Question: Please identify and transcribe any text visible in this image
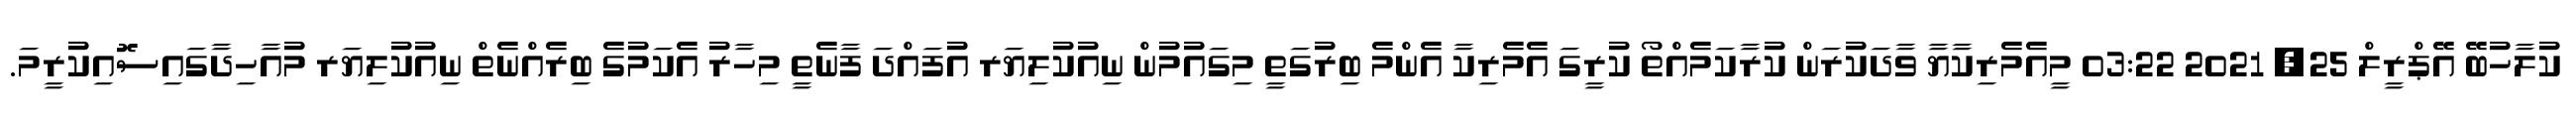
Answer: ކުލާހުބޭ އޭޕްރީލް 25, 2021 03:22 މީއެމެރިކާޔާ ވާދަކުރަން ކުރާކަމެއްތޯ ކުރީގަ އެމެރިކާ އެންމެ ބިރުގަތީ މިގައުމުން ނިއުކުލިޔަރ އުފައްދަ ފާނެތީ މިހާރު އެކަމުގެ ބިރެއްނެތް ނިއުކުލިޔަރ މުއާހިދާގައިސޮއިކުރީމަ.